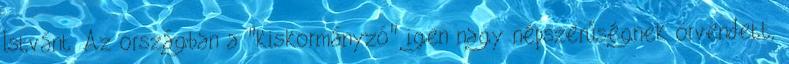
Istvánt. Az országban a "kiskormányzó" igen nagy népszerűségnek örvendett,